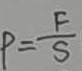
P = \frac { F } { S }